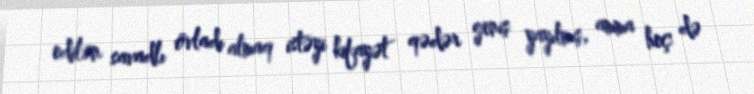
edilən savadlı övladı almaq istəyi kifayət qədər geniş yayılmış, amma heç də